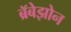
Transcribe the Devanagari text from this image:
ब्रॅबेझोन